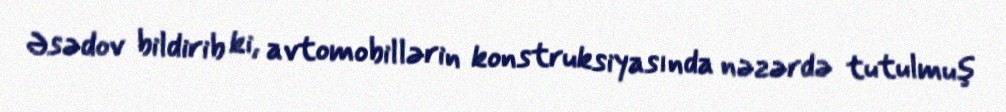
Əsədov bildirib ki, avtomobillərin konstruksiyasında nəzərdə tutulmuş